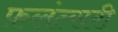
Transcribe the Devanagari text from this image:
फ़लंत्सरी